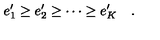
e _ { 1 } ^ { \prime } \ge e _ { 2 } ^ { \prime } \ge \cdots \ge e _ { K } ^ { \prime } \quad .